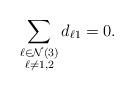
LaTeX: \begin{align*}\sum_{\substack{\ell \in \mathcal{N}(3)\\\ell\neq 1,2}} d_{\ell 1} = 0.\end{align*}